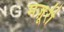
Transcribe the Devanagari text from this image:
मज़ूरी